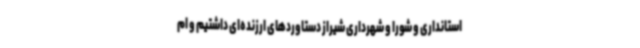
استانداری و شورا و شهرداری شیراز دستاوردهای ارزنده‌ای داشتیم و ام